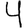
Digit: 4